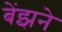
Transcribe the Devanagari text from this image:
बेंझने